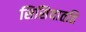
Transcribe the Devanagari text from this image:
सिसियातहि